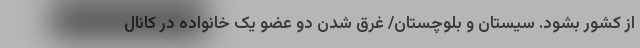
از کشور بشود. سیستان و بلوچستان/ غرق شدن دو عضو یک خانواده در کانال